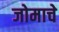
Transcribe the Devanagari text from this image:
जोमाचे